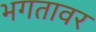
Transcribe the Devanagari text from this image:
भगतावर